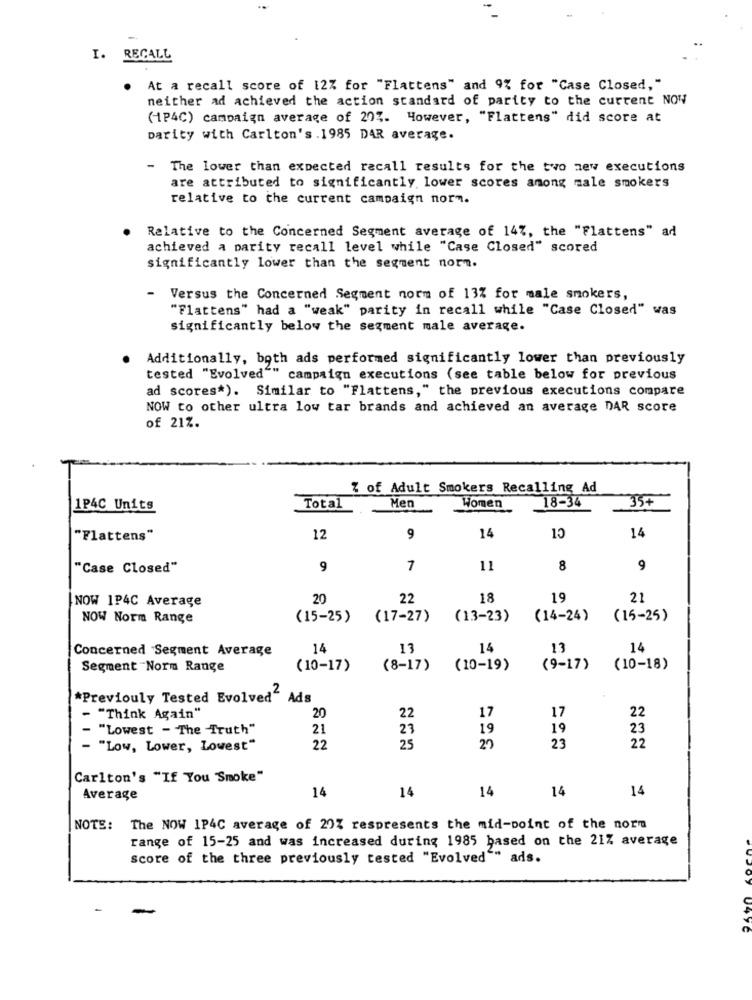
I. RECALL
At a recall score of 12% for "Flattens" and 9% for "Case Closed,"
neither ad achieved the action standard of parity to the current NOW
(1P4C) campaign average of 20%. However, "Flattens" did score at
Darity with Carlton's . 1985 DAR average.
- The lower than expected recall results for the two new executions
are attributed to significantly lower scores among male smokers
relative to the current campaign norm.
Relative to the Concerned Segment average of 14%, the "Flattens" ad
achieved a parity recall level while "Case Closed" scored
significantly lower than the segment nore.
-
Versus the Concerned Segment norm of 13% for male smokers,
"Flattens" had a "weak" parity in recall while "Case Closed" was
significantly below the segment male average.
Additionally, both ads performed significantly lower than previously
tested "Evolved"" campaign executions (see table below for previous
ad scores*). Similar to "Flattens," the previous executions compare
NOW to other ultra low tar brands and achieved an average DAR score
of 21%.
% of Adult Smokers Recalling Ad
Men
Women
18-34
35+
1P4C Units
Total
"Flattens"
12
9
14
10
14
"Case Closed"
9
7
11
8
9
NOW 1P4C Average
20
22
18
19
21
NOW Norm Range
(15-25)
(17-27)
(13-23)
(14-24)
(15-25)
Concerned Segment Average
14
13
14
13
14
Segment -Norm Range
(10-17)
(8-17)
(10-19)
(9-17)
(10-18)
*Previouly Tested Evolved" Ads
22
"Think Again"
20
22
17
17
"Lowest - The Truth"
21
23
19
19
23
. "Low, Lower, Lowest"
22
25
23
22
Carlton's "If You Smoke"
14
14
14
Average
14
14
NOTE: The NOW 1P4C average of 29% respresents the mid-point of the norm
range of 15-25 and was increased during 1985 based on the 21% average
Score of the three previously tested "Evolved"" ads.